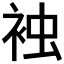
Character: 𧙽